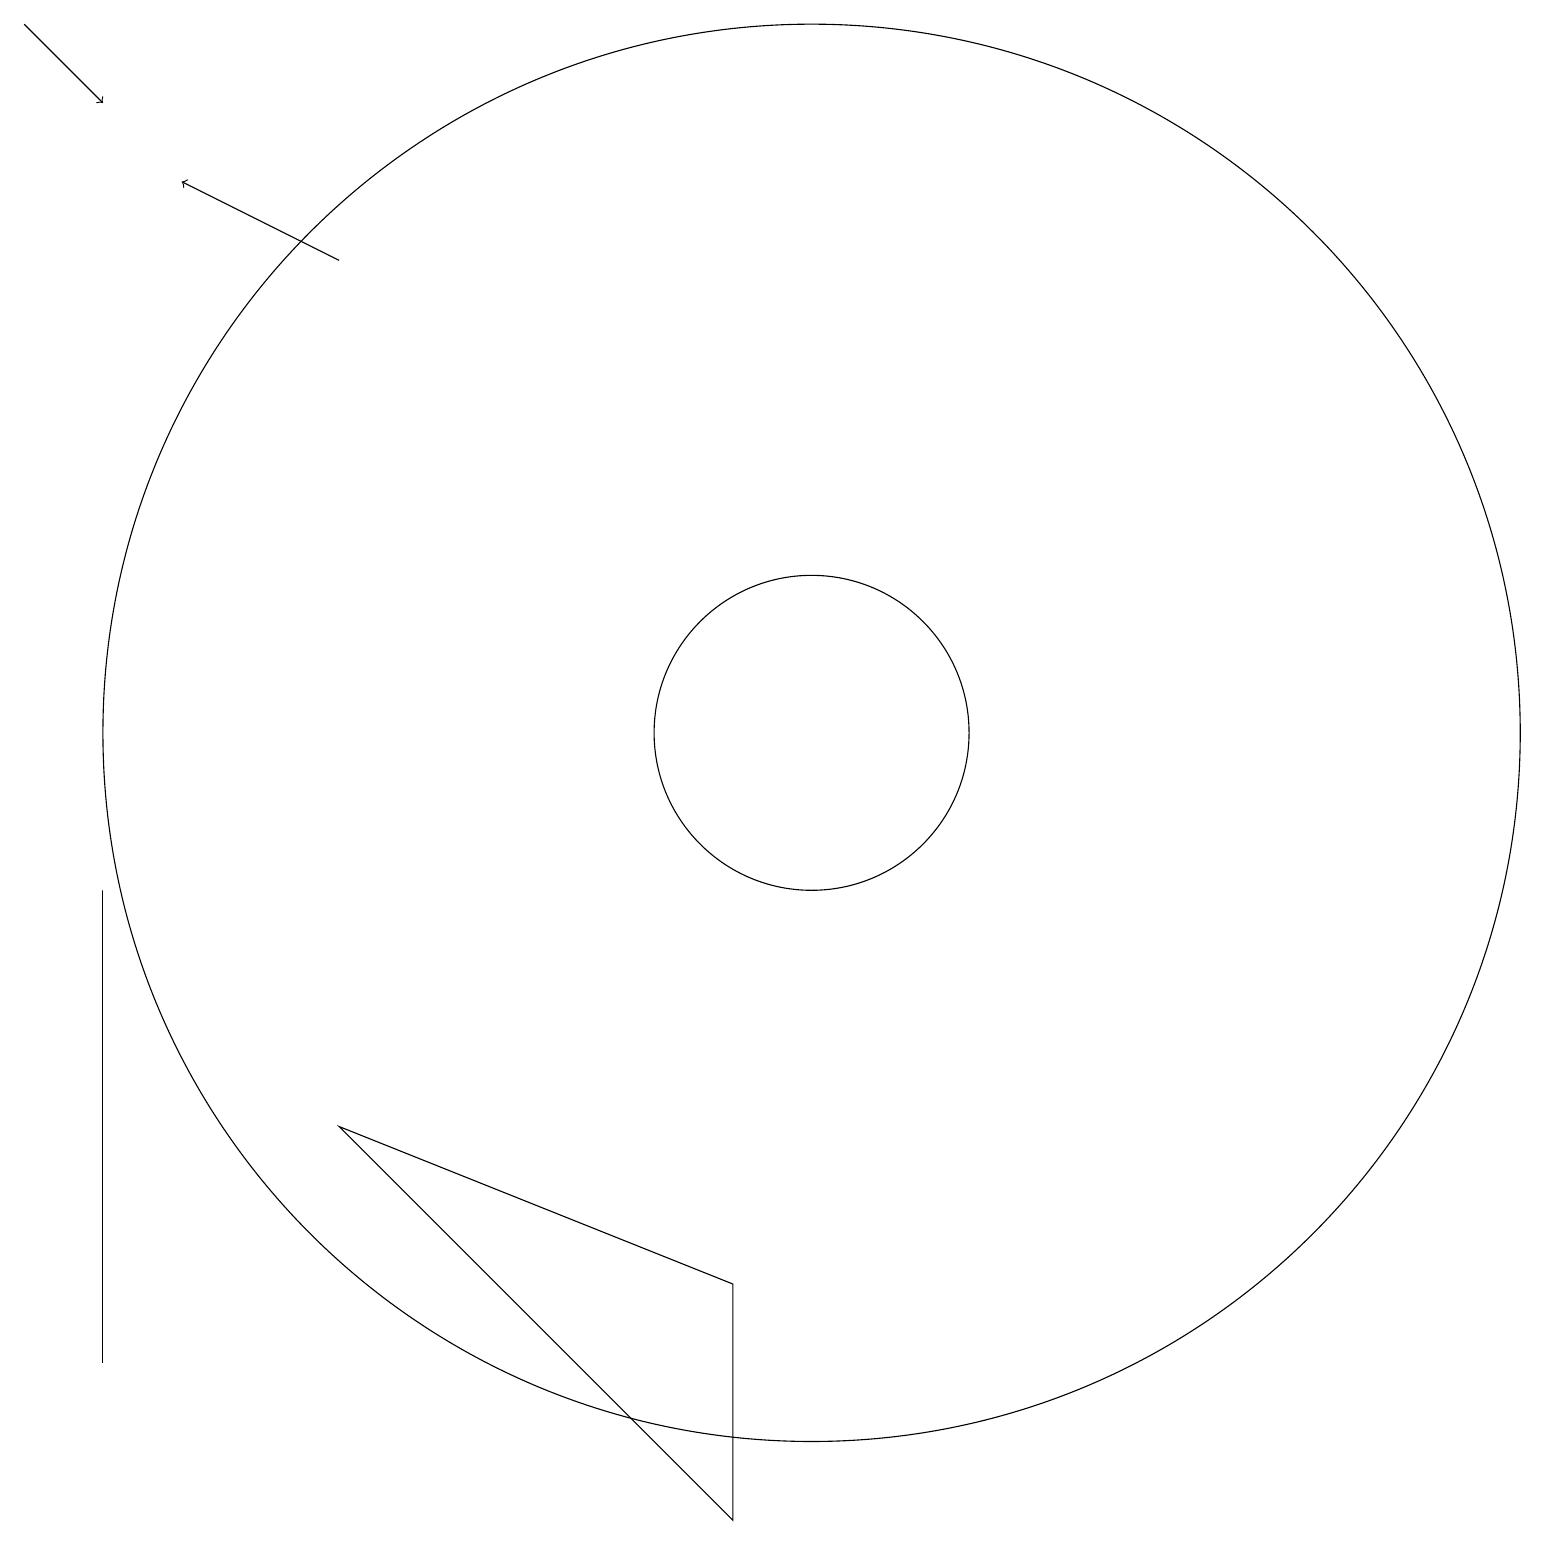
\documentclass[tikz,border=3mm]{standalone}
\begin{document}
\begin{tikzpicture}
\draw (10,10) circle (9);
\draw (1,2) -- (1,8) -- (1,2) -- cycle;
\draw (10,10) circle (2);
\draw (4,5) -- (9,0) -- (9,3) -- cycle;
\draw[->] (4,16) -- (2,17);
\draw[->] (0,19) -- (1,18);
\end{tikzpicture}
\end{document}